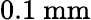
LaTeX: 0.1\ \mathrm{mm}